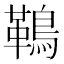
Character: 䳬